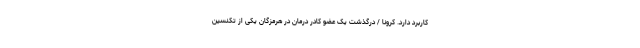
کاربرد دارد. کرونا / درگذشت یک عضو کادر درمان در هرمزگان یکی از تکنسین